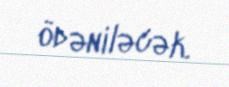
ödəniləcək.